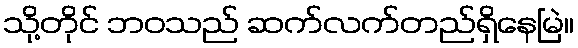
သို့တိုင် ဘဝသည် ဆက်လက်တည်ရှိနေမြဲ။